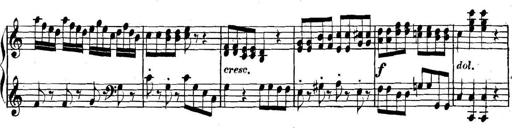
Title: Collected Piano Sonatas
Composer: Muzio Clementi